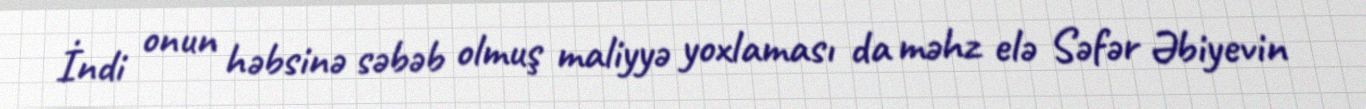
İndi onun həbsinə səbəb olmuş maliyyə yoxlaması da məhz elə Səfər Əbiyevin